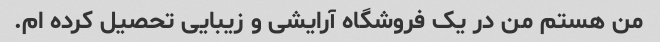
من هستم من در یک فروشگاه آرایشی و زیبایی تحصیل کرده ام.